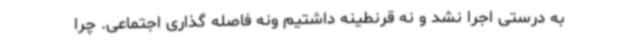
به درستی اجرا نشد و نه قرنطینه داشتیم ونه فاصله گذاری اجتماعی. چرا